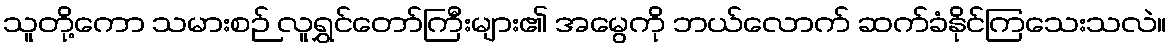
သူတို့ကော သမားစဉ် လူရွှင်တော်ကြီးများ၏ အမွေကို ဘယ်လောက် ဆက်ခံနိုင်ကြသေးသလဲ။